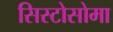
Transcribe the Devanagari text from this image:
सिस्टोसोमा